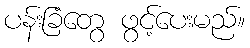
ပန်းခြံတွေ ဖွင့်ပေးမည်။